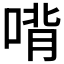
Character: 𰈉